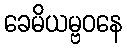
ခေမိယမ္ဗဝနေ